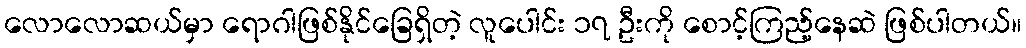
လောလောဆယ်မှာ ရောဂါဖြစ်နိုင်ခြေရှိတဲ့ လူပေါင်း ၁၇ ဦးကို စောင့်ကြည့်နေဆဲ ဖြစ်ပါတယ်။